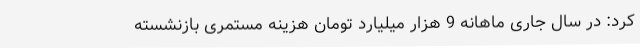
کرد: در سال جاری ماهانه 9 هزار میلیارد تومان هزینه مستمری بازنشسته